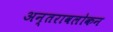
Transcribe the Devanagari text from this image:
अन्तरावलोकन